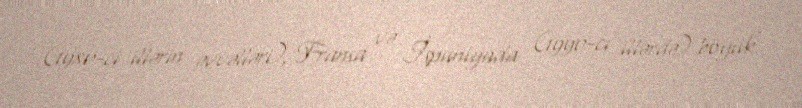
(1980-ci illərin əvvəlləri), Fransa və İspaniyada (1990-cı illərdə) böyük